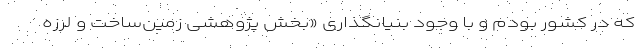
که در کشور بودم و با وجود بنیانگذاری «بخش پژوهشی زمین‌ساخت و لرزه